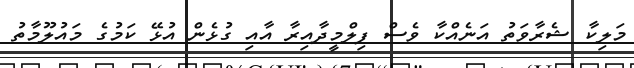
މަލިކާ ޝެރާވަތު އަނެއްކާ ވެސް ފިލްމީދާއިރާ އާއި ގުޅެން އުޅޭ ކަމުގެ މައުލޫމާތު